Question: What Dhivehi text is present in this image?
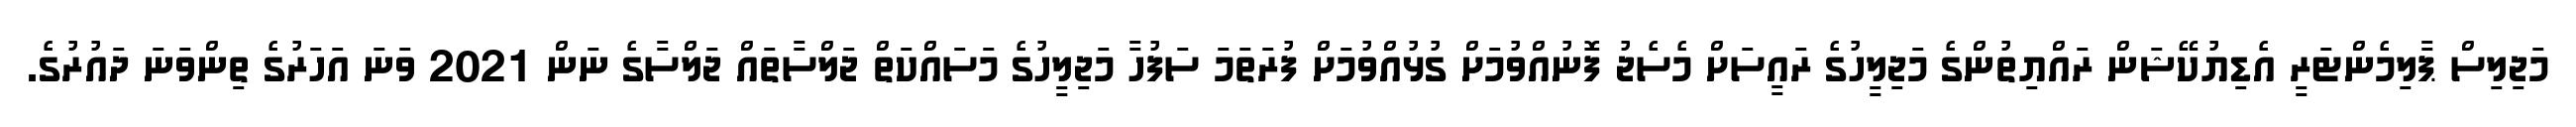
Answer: މަޖިލިސް ޕާލިމެންޓަރީ އެޑިޔުކޭޝަން ރައްޔިތުންގެ މަޖިލީހުގެ ރައީސަށް މެސެޖު ފޮނުއްވުމަށް ގުޅުއްވުމަށް ފުރަތަމަ ސަފުހާ މަޖިލީހުގެ މަސައްކަތް ޖަލްސާތައް ޖަލްސާގެ ނަން 2021 ވަނަ އަހަރުގެ ތިންވަނަ ދައުރުގެ.